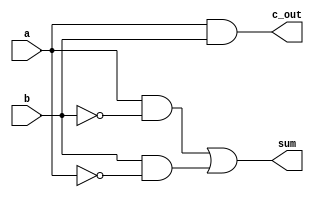
`timescale 1ns / 1ps
//////////////////////////////////////////////////////////////////////////////////
// Company: 
// Engineer: 
// 
// Design Name: 
// Module Name:    HA_str 
// Project Name: 
// Target Devices: 
// Tool versions: 
// Description: 
//
// Dependencies: 
//
// Revision: 
// Revision 0.01 - File Created
// Additional Comments: 
//
//////////////////////////////////////////////////////////////////////////////////
`define	D		0	// definition of the delay

module HA_str(c_out, sum, a, b);

input		a, b;
output	c_out, sum;
wire		not_a, not_b, a_notb, b_nota;

and	#`D	and1		(c_out, a, b);		// for c_our

not	    	not1		(not_a, a);					//
not	   	not2		(not_b, b);					//
														//	for sum
and	#`D	and2		(a_notb, a, not_b);		//
and	#`D	and3		(b_nota, b ,not_a);		//
or		#`D	or1		(sum, a_notb, b_nota);	//

endmodule